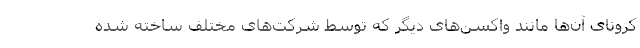
کرونای آن‌ها مانند واکسن‌های دیگر که توسط شرکت‌های مختلف ساخته شده